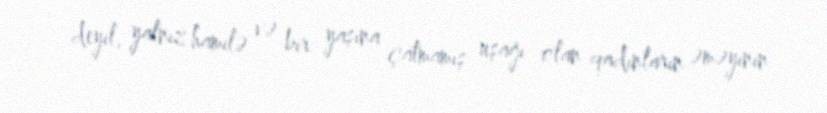
deyil, yalnız hamilə və bir yaşına çatmamış uşağı olan qadınların əməyinin